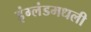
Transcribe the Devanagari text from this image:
इंग्लंडमधली